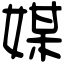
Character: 媒